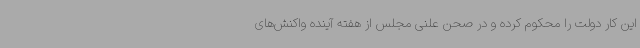
این کار دولت را محکوم کرده و در صحن علنی مجلس از هفته آینده واکنش‌های